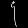
Digit: ၄